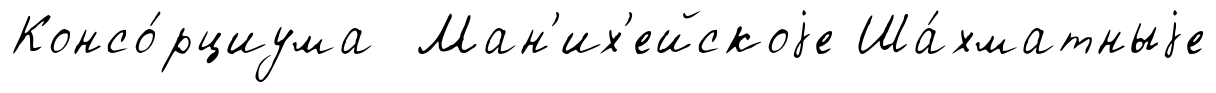
Консо́рциума Ман'их'ейскоjе Ша́хматныjе